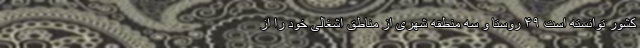
کشور توانسته است ۴۹ روستا و سه منطقه شهری از مناطق اشغالی خود را از